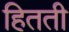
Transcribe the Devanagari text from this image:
हितती